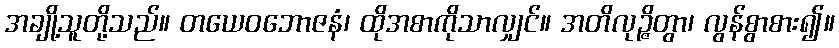
အချို့သူတို့သည်။ တယေဝဘောဇနံ၊ ထိုအစာကိုသာလျှင်။ အတိလုဉ္ဇိတွာ၊ လွန်စွာစား၍။